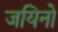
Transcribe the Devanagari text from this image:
जयिनो